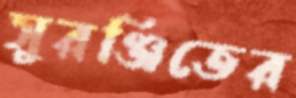
সুরঞ্জিতের